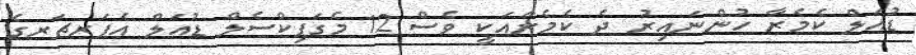
ޑުއަލް ކެމެރާ ހުންނައިރު ދެ ކެމެރާއަކީ ވެސް 12 މެގަޕިކްސެލް ޑުއަލް އެޕަރޗަރގެ